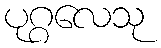
ပုဂ္ဂလေသု